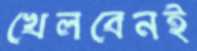
খেলবেনই